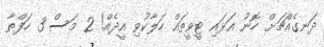
ދަނގެއްޗަށް ހޮނު އަޅައި ޓީވީތައް ހަލާކުވި އީދެއް! 2 މަސް 3 ހަފްތާ